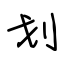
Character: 划